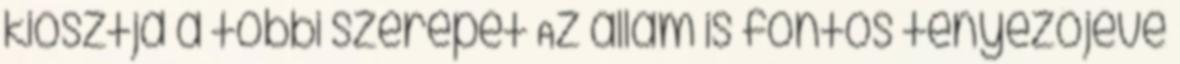
kiosztja a többi szerepét Az állam is fontos tényezőjévé